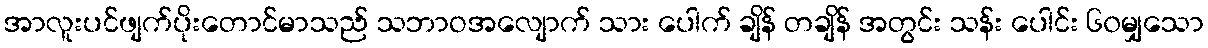
အာလူးပင်ဖျက်ပိုးတောင်မာသည် သဘာဝအလျောက် သား ပေါက် ချိန် တချိန် အတွင်း သန်း ပေါင်း ၆၀မျှသော